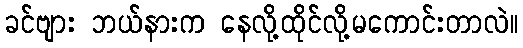
ခင်ဗျား ဘယ်နားက နေလို့ထိုင်လို့မကောင်းတာလဲ။